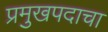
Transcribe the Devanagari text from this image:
प्रमुखपदाचा